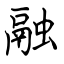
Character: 融